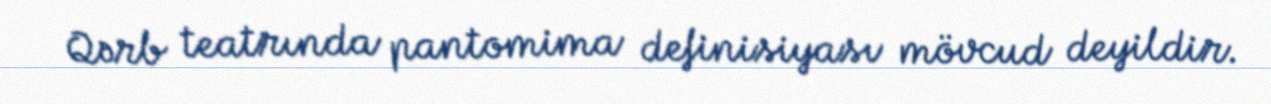
Qərb teatrında pantomima definisiyası mövcud deyildir.